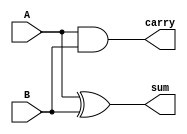
module half_adder(
    input A,
    input B,
    output sum,
    output carry
);

assign sum = A ^ B; // XOR gate for sum
assign carry = A & B; // AND gate for carry

endmodule